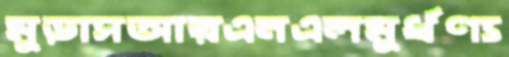
মুড়াসআরএনএলমূর্ধণ্য